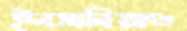
ইনসানিয়াত